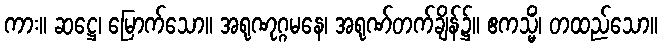
ကား။ ဆဋ္ဌေ၊ မြောက်သော။ အရုဏုဂ္ဂမနေ၊ အရုဏ်တက်ချိန်၌။ ဧကသ္မိံ၊ တထည်သော။